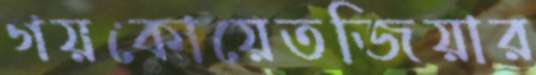
গয়কোয়েতজিয়ার